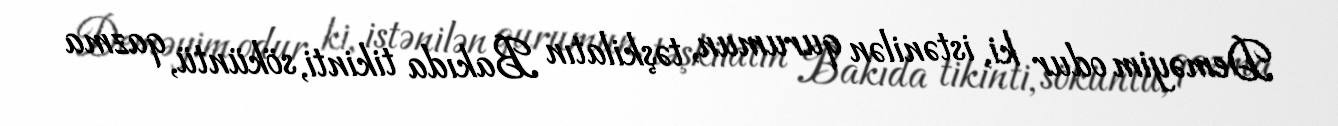
Deməyim odur ki, istənilən qurumun, təşkilatın Bakıda tikinti, söküntü, qazma